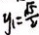
y _ { 1 } = \frac { \sqrt { 5 } } { 2 }